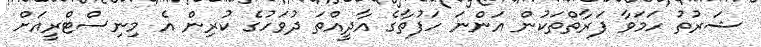
ޝަރުތު ހަމަވާ ފަރާތްތަކުން އަންނަ ހަފުތާގެ އާދީއްތަ ދުވަހުގެ ކުރިން އެ މިނިސްޓްރީއަށް